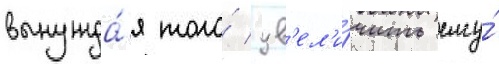
вынужда́я того́ ув'ел'и́чить ему́